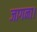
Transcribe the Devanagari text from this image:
जागना।